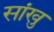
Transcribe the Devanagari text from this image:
सांखु